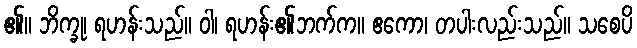
၏။ ဘိက္ခု၊ ရဟန်းသည်။ ဝါ၊ ရဟန်း၏ဘက်က။ ဧကော၊ တပါးလည်းသည်။ သစေပိ